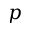
\boldsymbol { p }